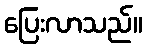
ပြေးလာသည်။